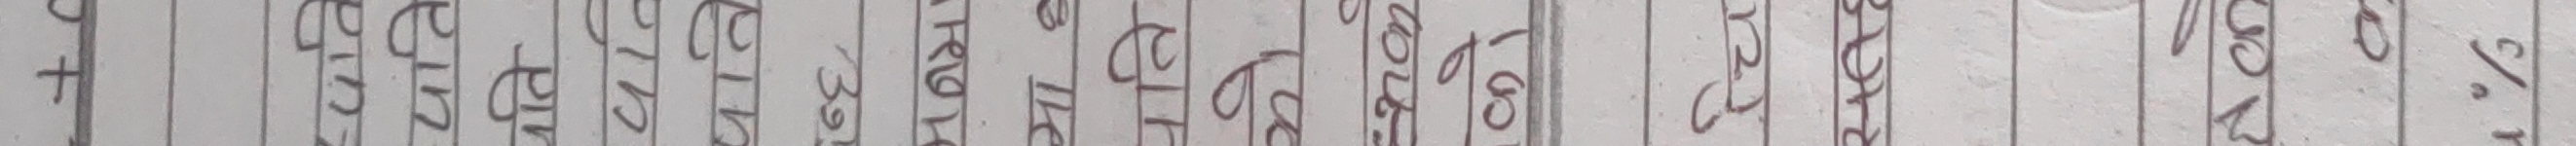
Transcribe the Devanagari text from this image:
र विश्वास प्रदान गर्ने हो र तिनीहरूको केहीमा पनि प्रतिज्ञा गरिँदैन।